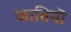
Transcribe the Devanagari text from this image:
जातियॊ